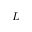
L